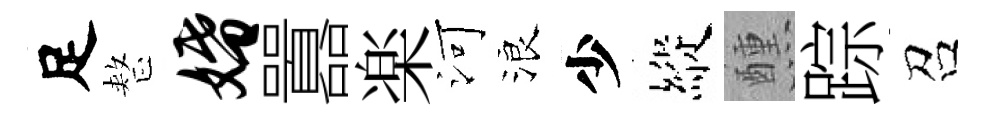
足整婚囂楽河浪少縱醺踪召